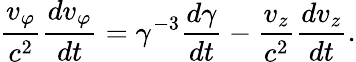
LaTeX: \frac{v_{\varphi}}{c^{2}}\frac{dv_{\varphi}}{dt}=\gamma^{-3}\frac{d\gamma}{dt}-\frac{v_{z}}{c^{2}}\frac{dv_{z}}{dt}.